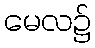
မေလ၌